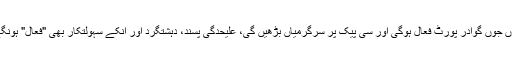
جوں جوں گوادر پورٹ فعال ہوگی اور سی پیک پر سرگرمیاں بڑھیں گی، علیحدگی پسند، دہشتگرد اور انکے سہولتکار بھی "فعال" ہونگے۔